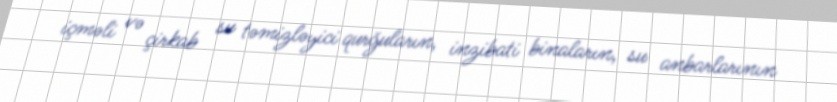
içməli və çirkab su təmizləyici qurğuların, inzibati binaların, su anbarlarının